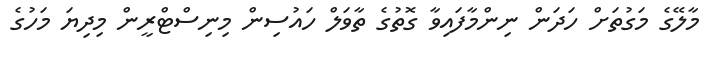
މާލޭގެ މަގުތަށް ހަދަން ނިންމާފައިވާ ގޮތުގެ ތާވަލް ހައުސިން މިނިސްޓްރީން މިދިޔަ މަހުގެ